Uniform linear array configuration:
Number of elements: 8
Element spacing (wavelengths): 1
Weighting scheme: uniform
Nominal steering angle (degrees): -30
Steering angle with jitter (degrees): -28.95
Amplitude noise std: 0.05
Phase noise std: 0.05

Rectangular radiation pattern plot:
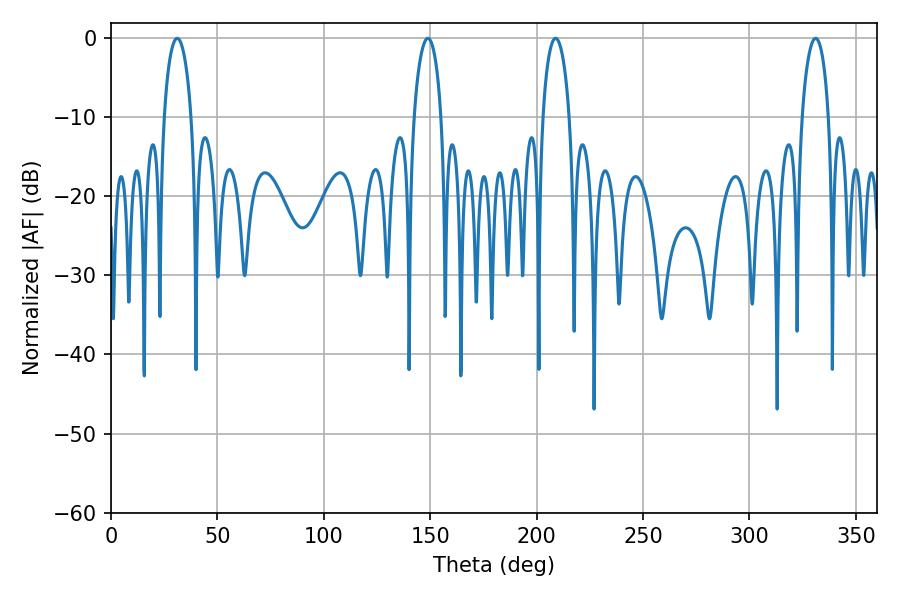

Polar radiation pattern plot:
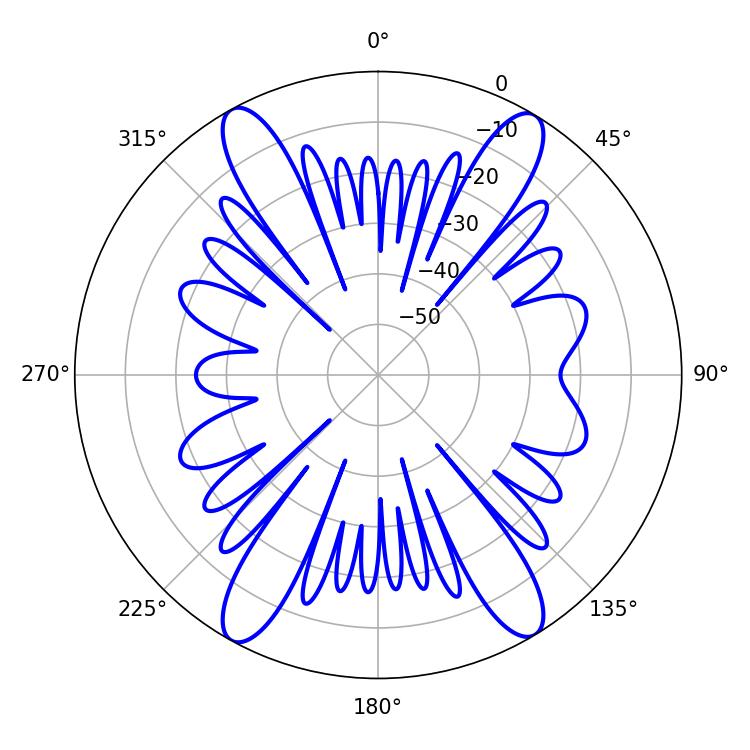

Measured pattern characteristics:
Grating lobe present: TRUE
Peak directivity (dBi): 20.555
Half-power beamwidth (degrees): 7.2
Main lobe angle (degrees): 31.14